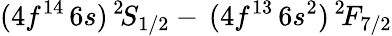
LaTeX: (4f^{14}\, 6s)\, ^{2}\! S_{1/2}-\, (4f^{13}\, 6s^{2})\, ^{2}\! F_{7/2}